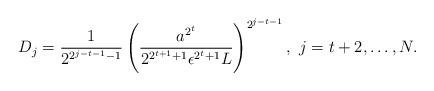
LaTeX: \begin{align*} D_j = \frac{1}{2^{2^{j-t-1}-1}}\left(\frac{a^{2^t}}{2^{2^{t+1}+1}\epsilon^{2^t+1}L}\right)^{2^{j-t-1}},\ j = t+2,\ldots, N.\end{align*}